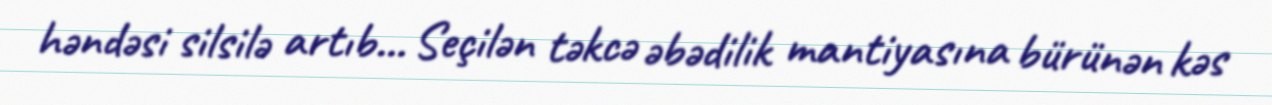
həndəsi silsilə artıb... Seçilən təkcə əbədilik mantiyasına bürünən kəs